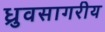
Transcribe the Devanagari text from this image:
ध्रुवसागरीय